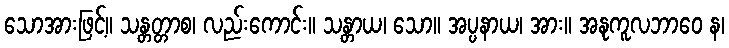
သောအားဖြင့်။ သန္တတ္တာစ၊ လည်းကောင်း။ သန္တာယ၊ သော။ အပ္ပနာယ၊ အား။ အနုကူလဘာဝေ န၊